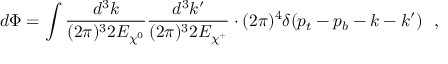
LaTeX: d \Phi = \int \frac { d ^ { 3 } k } { ( 2 \pi ) ^ { 3 } 2 E _ { \chi ^ { 0 } } } \frac { d ^ { 3 } k ^ { \prime } } { ( 2 \pi ) ^ { 3 } 2 E _ { \chi ^ { + } } } \cdot ( 2 \pi ) ^ { 4 } \delta ( p _ { t } - p _ { b } - k - k ^ { \prime } ) \ \ ,